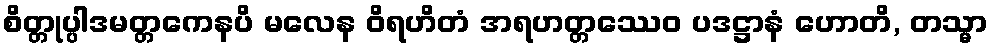
စိတ္တုပ္ပါဒမတ္တကေနပိ မလေန ဝိရဟိတံ အရဟတ္တဿေဝ ပဒဋ္ဌာနံ ဟောတိ, တသ္မာ